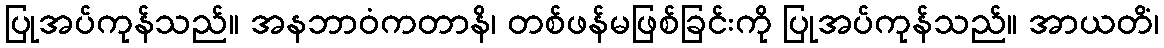
ပြုအပ်ကုန်သည်။ အနဘာဝံကတာနိ၊ တစ်ဖန်မဖြစ်ခြင်းကို ပြုအပ်ကုန်သည်။ အာယတိံ၊